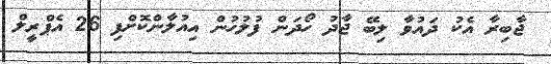
ޖާބިރާ އެކު ދައުވާ ލިބޭ ޖާދު ހޯދަން ފުލުހުން އިއުލާންކޮށްފި 26 އެޕްރީލް